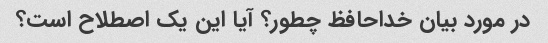
در مورد بیان خداحافظ چطور؟ آیا این یک اصطلاح است؟